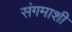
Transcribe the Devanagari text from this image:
संगमाशी